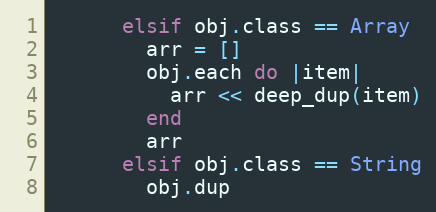
Language: Ruby
      elsif obj.class == Array
        arr = []
        obj.each do |item|
          arr << deep_dup(item)
        end
        arr
      elsif obj.class == String
        obj.dup